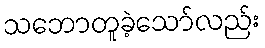
သဘောတူခဲ့သော်လည်း